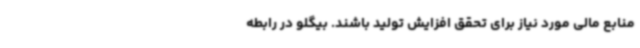
منابع مالی مورد نیاز برای تحقق افزایش تولید باشند. بیگلو در رابطه